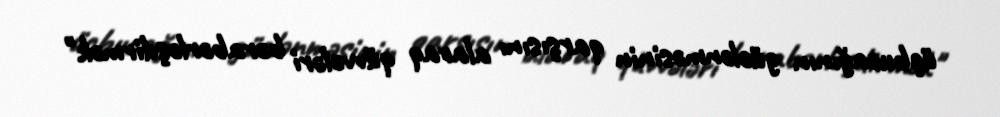
üçbucağının güclənməsinin qarşısını alaraq qüvvələri bərabərləşdirmək"